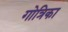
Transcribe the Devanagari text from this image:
गोत्रिका